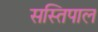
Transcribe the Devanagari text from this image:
सस्तिपाल